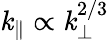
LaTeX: \mathit{k}_{\parallel}\propto\mathit{k}_{\perp}^{2/3}